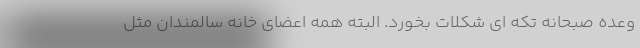
وعده صبحانه تکه ای شکلات بخورد. البته همه اعضای خانه سالمندان مثل